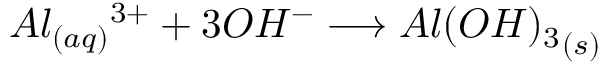
A l _ { ( a q ) } { ^ { 3 + } } + 3 O H { ^ { - } } \longrightarrow { A l ( O H ) _ { 3 } } _ { ( s ) }